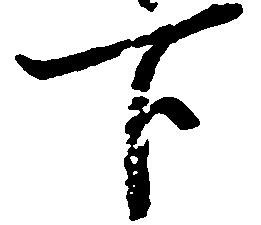
下